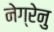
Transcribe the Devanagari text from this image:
नेग्रेनु